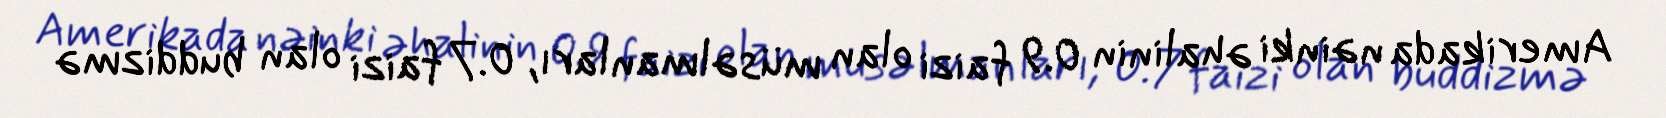
Amerikada nəinki əhalinin 0.9 faizi olan müsəlmanları, 0.7 faizi olan buddizmə